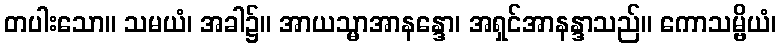
တပါးသော။ သမယံ၊ အခါ၌။ အာယသ္မာအာနန္ဒော၊ အရှင်အာနန္ဒာသည်။ ကောသမ္ဗိယံ၊